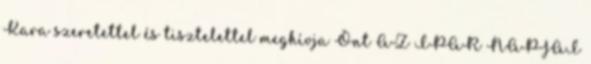
Kara szeretettel és tisztelettel meghívja Önt AZ IPAR NAPJAI